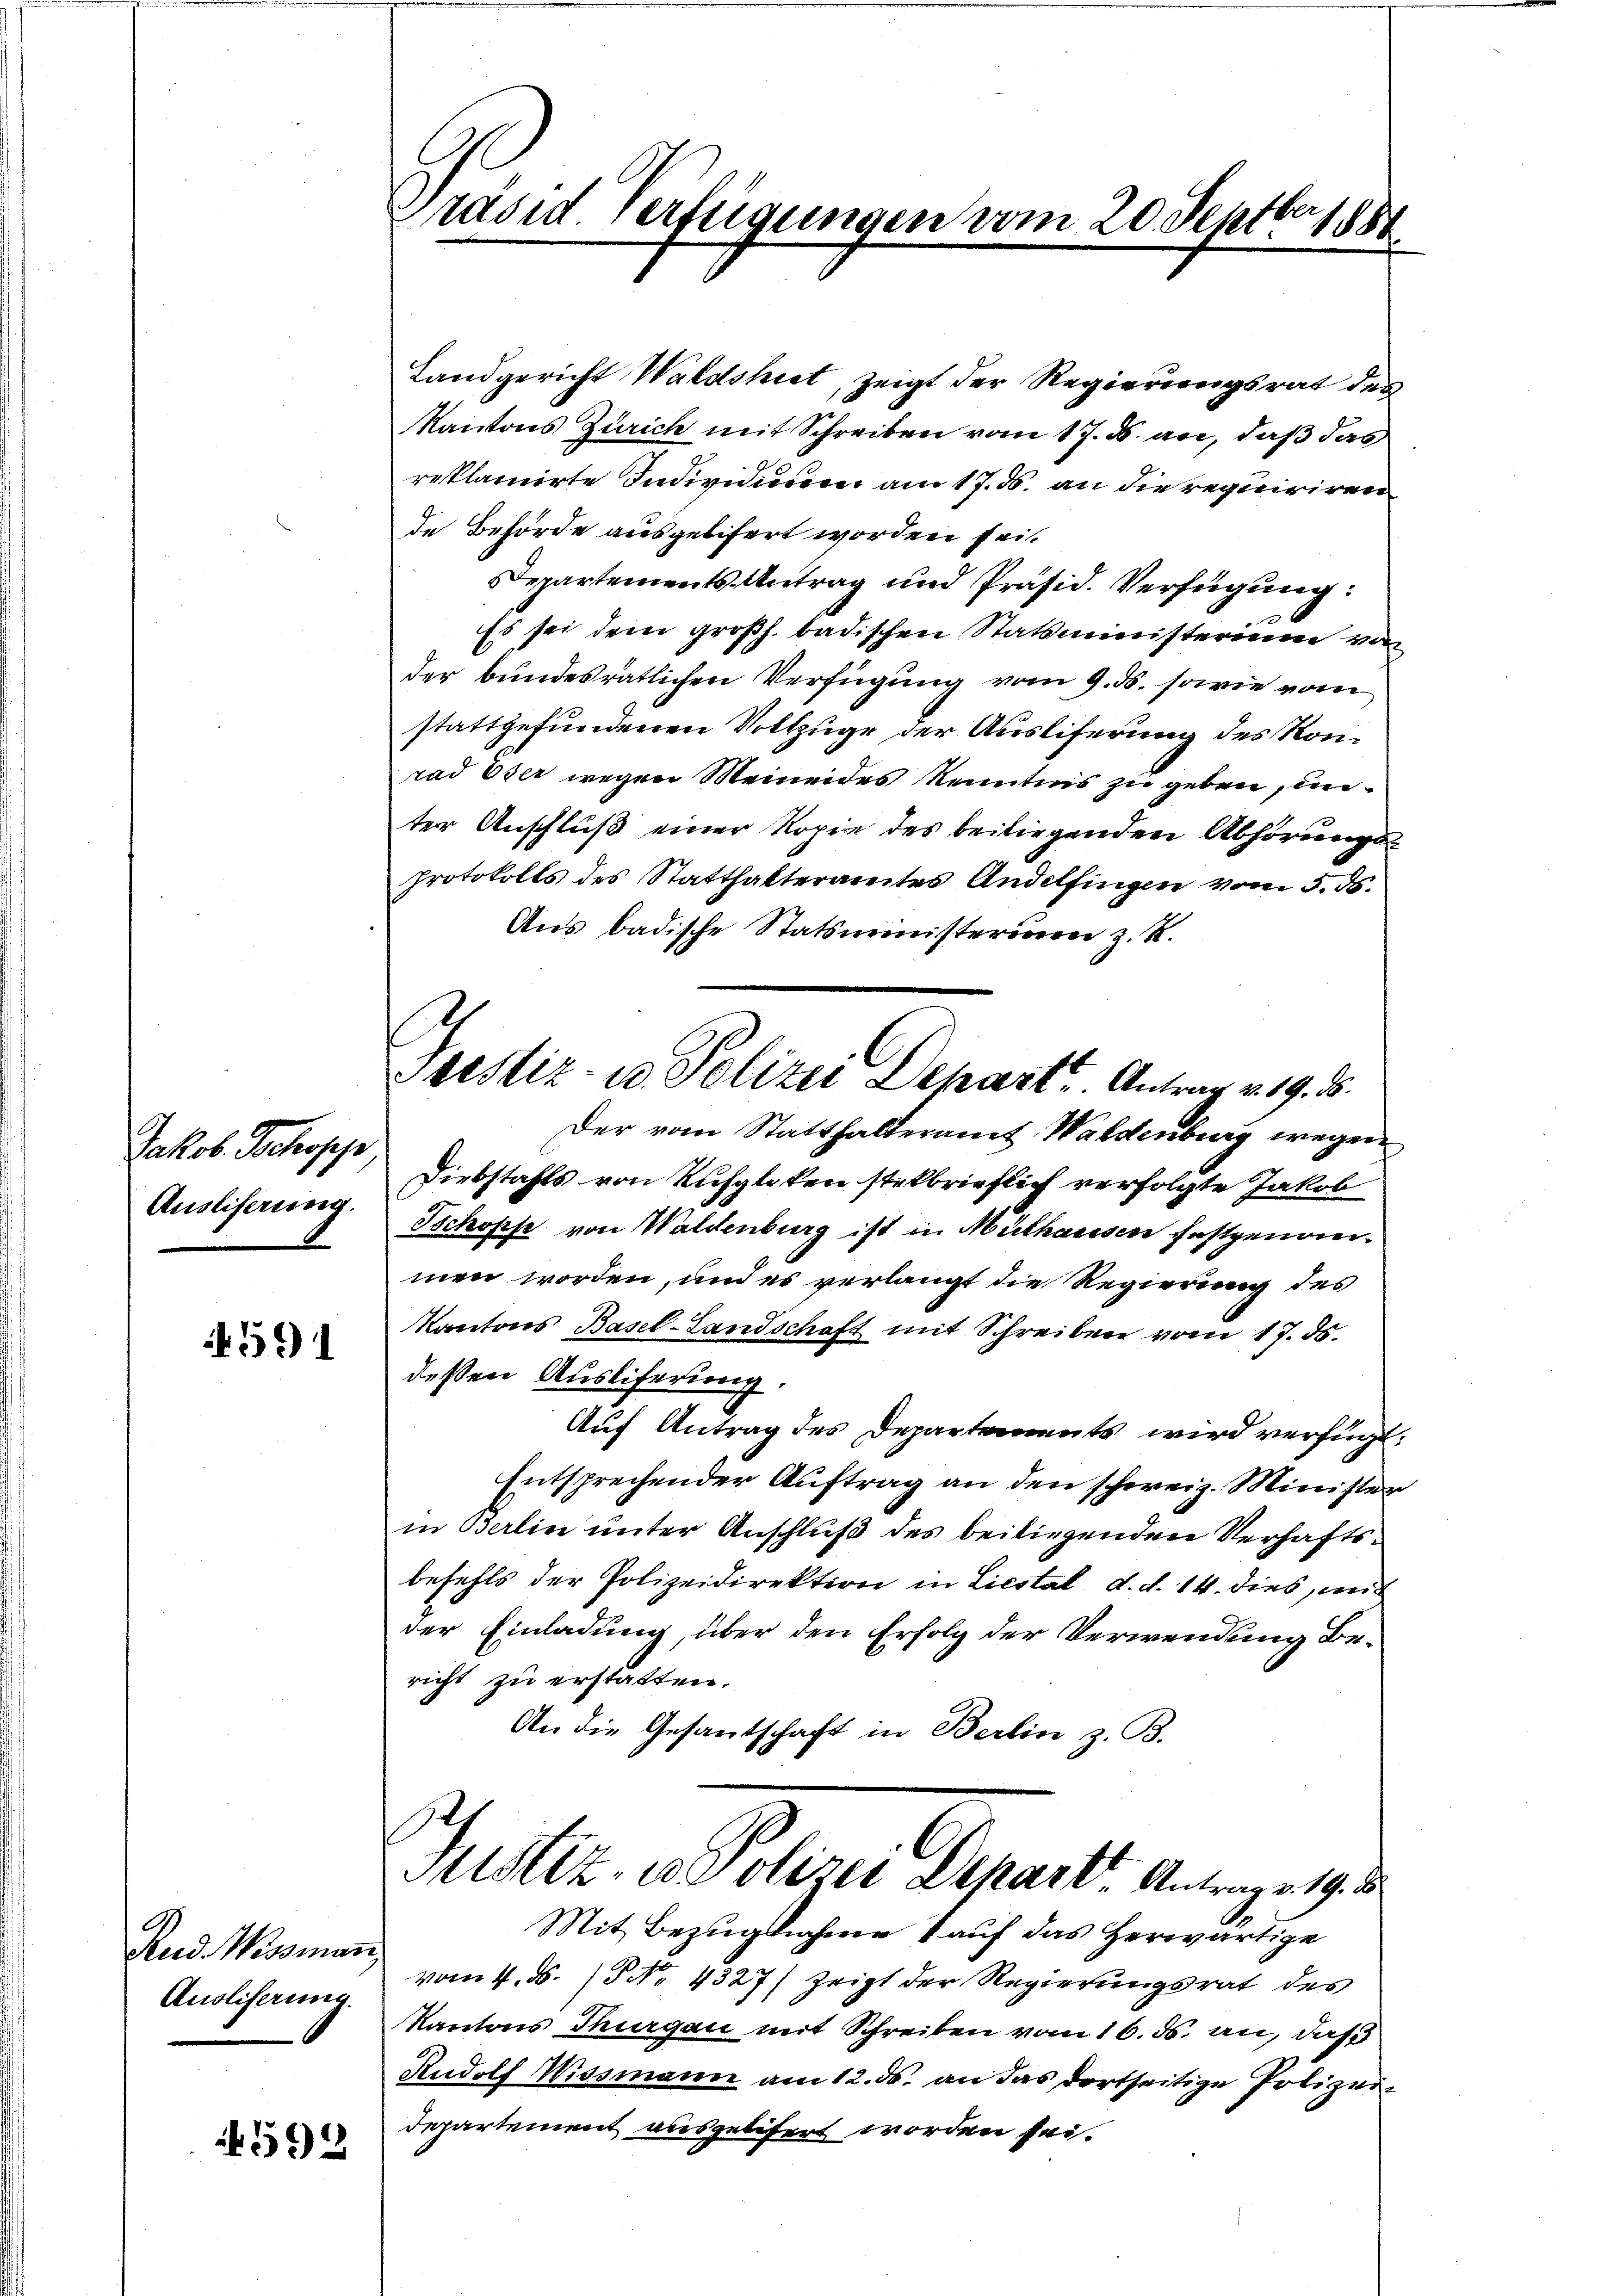
Jakob Schopp,
Auslieferung.

4591

Rud. Wissmann,
Ausliferung.

592

Präsid Verfügungen vom 20. Septbr 1888.

restiz- u. Polizei Depart. Antrag v. 19. ds.

Landgericht Waldshiet, zeigt der Regierungsrat des
Kantons Zürich mit Schreiben vom 17. d. an, daß das
reklamirte Individuum am 17. ds. an die requiriren
de Behörde ausgelisert worden sei.
Departements-Antrag und Präsid. Verfügung:
Es sei dem großh. badischen Statsministerium von
der bundesrätlichen Verfügung vom 9. ds. sowie vom
stattgefundenen Vollzuge der Ausliferung des Konrad Oser wegen Meineides Kenntnis zu geben, unter Anschluß einer Kopie des beiliegenden Abhörungs¬
Protokolls des Statthalteramtes Andelfingen vom 5. ds.
Aus badische Statsministerium z. R.
Der vom Statthalteramt Waldenburg wegen
Diebstahls von Ruhgloten stelbrieflich verfolgte Jakob
Jschofs von Waldenburg ist in Mülhausen festgenommen worden, und es verlangt die Regierung des
Kantons Basel-Landschaft mit Schreiben vom 17. ds.
dessen Ausliferung.
Auf Antrag des Departements wird verfügt.
Entsprechender Auftrag an den schweiz. Minister
in Berlin unter Anschluß des beiliegenden Verhaftsbefehls der Polizeidirektion in Liestal d. d. 14. dies, mit
der Einladung, über den Erfolg der Verwendung Bericht zu erstatten.
An die Gesantschaft in Berlin z. B.

J
Sistiz- u Polizei Depart Antrag v. 19. d

Mit Bezugnahme 1 auf das Herwärtige
vom 4. d. 13 No 4327) zeigt der Regierungsrat des
Kantons Thurgau mit Schreiben vom 16. ds. an, daß
Rudolf Wissmann am 12. ds. an das dortseitige Polizeidepartement ausgelitert worden sei.